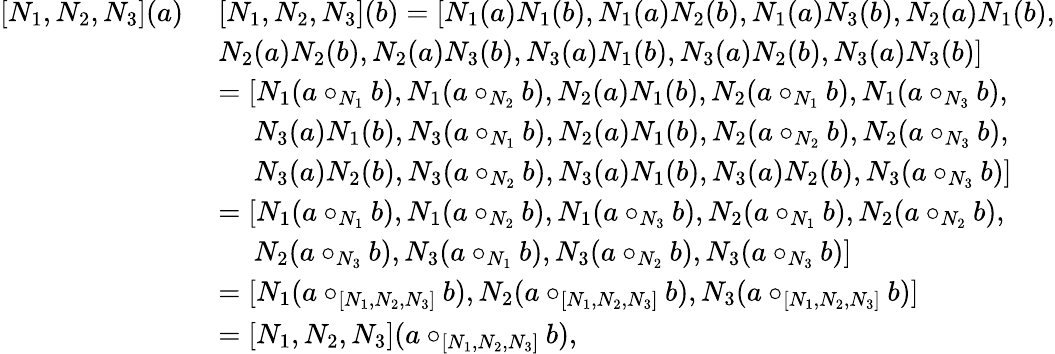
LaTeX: \begin{array}{rl}{[N_{1},N_{2},N_{3}](a)\ }&{[N_{1},N_{2},N_{3}](b)=[N_{1}(a)N_{1}(b),N_{1}(a)N_{2}(b),N_{1}(a)N_{3}(b),N_{2}(a)N_{1}(b),}\\ &{N_{2}(a)N_{2}(b),N_{2}(a)N_{3}(b),N_{3}(a)N_{1}(b),N_{3}(a)N_{2}(b),N_{3}(a)N_{3}(b)]}\\ &{=[N_{1}(a\circ_{N_{1}}b),N_{1}(a\circ_{N_{2}}b),N_{2}(a)N_{1}(b),N_{2}(a\circ_{N_{1}}b),N_{1}(a\circ_{N_{3}}b),}\\ &{\quad\ N_{3}(a)N_{1}(b),N_{3}(a\circ_{N_{1}}b),N_{2}(a)N_{1}(b),N_{2}(a\circ_{N_{2}}b),N_{2}(a\circ_{N_{3}}b),}\\ &{\quad\ N_{3}(a)N_{2}(b),N_{3}(a\circ_{N_{2}}b),N_{3}(a)N_{1}(b),N_{3}(a)N_{2}(b),N_{3}(a\circ_{N_{3}}b)]}\\ &{=[N_{1}(a\circ_{N_{1}}b),N_{1}(a\circ_{N_{2}}b),N_{1}(a\circ_{N_{3}}b),N_{2}(a\circ_{N_{1}}b),N_{2}(a\circ_{N_{2}}b),}\\ &{\quad\ N_{2}(a\circ_{N_{3}}b),N_{3}(a\circ_{N_{1}}b),N_{3}(a\circ_{N_{2}}b),N_{3}(a\circ_{N_{3}}b)]}\\ &{=[N_{1}(a\circ_{[N_{1},N_{2},N_{3}]}b),N_{2}(a\circ_{[N_{1},N_{2},N_{3}]}b),N_{3}(a\circ_{[N_{1},N_{2},N_{3}]}b)]}\\ &{=[N_{1},N_{2},N_{3}](a\circ_{[N_{1},N_{2},N_{3}]}b),}\end{array}